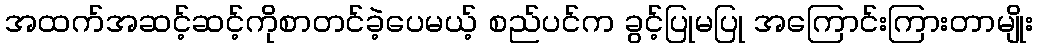
အထက်အဆင့်ဆင့်ကိုစာတင်ခဲ့ပေမယ့် စည်ပင်က ခွင့်ပြုမပြု အကြောင်းကြားတာမျိုး